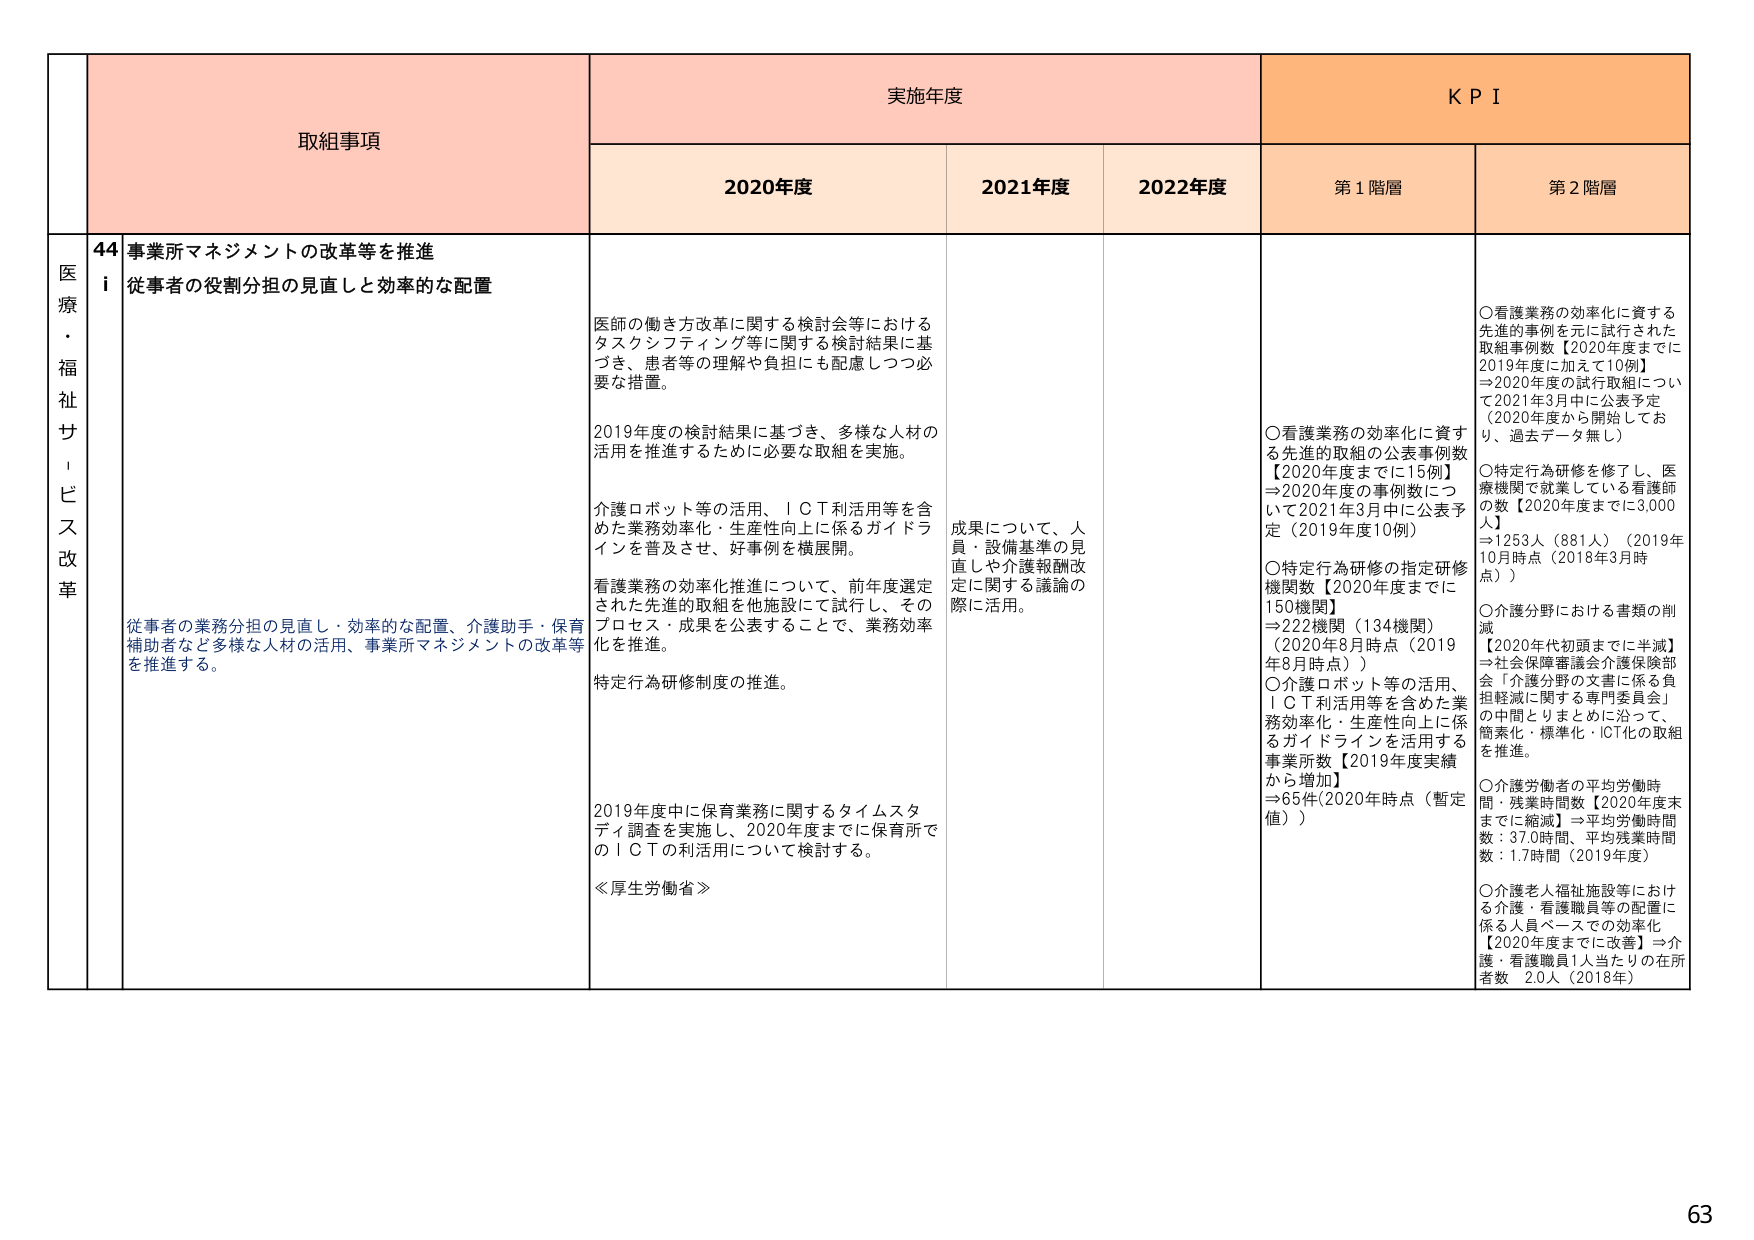
医療・福祉サービス改革

取組事項

実施年度

KPI

2020年度

2021年度

2022年度

第1階層

第2階層

44 事業所マネジメントの改革等を推進

i 従事者の役割分担の見直しと効率的な配置

医師の働き方改革に関する検討会等におけるタスクシフティング等に関する検討結果に基づき、患者等の理解や負担にも配慮しつつ必要な措置。

2019年度の検討結果に基づき、多様な人材の活用を推進するために必要な取組を実施。

介護ロボット等の活用、ＩＣＴ利活用等を含めた業務効率化・生産性向上に係るガイドラインを普及させ、好事例を横展開。

看護業務の効率化推進について、前年度選定された先進的取組を他施設にて試行し、そのプロセス・成果を公表することで、業務効率化を推進。

特定行為研修制度の推進。

2019年度中に保育業務に関するタイムスタディ調査を実施し、2020年度までに保育所でのＩＣＴの利活用について検討する。

≪厚生労働省≫

成果について、人員・設備基準の見直しや介護報酬改定に関する議論の際に活用。

〇看護業務の効率化に資する先進的取組の公表事例数【2020年度までに15例】⇒2020年度の事例数について2021年3月中に公表予定（2019年度10例）

〇特定行為研修の指定研修機関数【2020年度までに150機関】⇒222機関（134機関）（2020年8月時点（2019年8月時点））

〇介護ロボット等の活用、ＩＣＴ利活用等を含めた業務効率化・生産性向上に係るガイドラインを活用する事業所数【2019年度実績から増加】⇒65件（2020年時点（暫定値））

〇看護業務の効率化に資する先進的事例を元に試行された取組事例数【2020年度までに2019年度に加えて10例】⇒2020年度の試行取組について2021年3月中に公表予定（2020年度から開始しており、過去データ無し）

〇特定行為研修を修了し、医療機関で就業している看護師の数【2020年度までに3,000人】⇒1253人（881人）（2019年10月時点（2018年3月時点））

〇介護分野における書類の削減【2020年代初頭までに半減】⇒社会保障審議会介護保険部会「介護分野の文書に係る負担軽減に関する専門委員会」の中間とりまとめに沿って、簡素化・標準化・ICT化の取組を推進。

〇介護労働者の平均労働時間・残業時間数【2020年度末までに縮減】⇒平均労働時間数：37.0時間、平均残業時間数：1.7時間（2019年度）

〇介護老人福祉施設等における介護・看護職員等の配置に係る人員ベースでの効率化【2020年度までに改善】⇒介護・看護職員1人当たりの在所者数 2.0人（2018年）

従事者の業務分担の見直し・効率的な配置、介護助手・保育補助者など多様な人材の活用、事業所マネジメントの改革等を推進する。

63